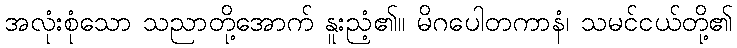
အလုံးစုံသော သညာတို့အောက် နူးညံ့၏။ မိဂပေါတကာနံ၊ သမင်ငယ်တို့၏